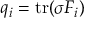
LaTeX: q _ { i } = \operatorname { t r } ( \sigma F _ { i } )